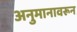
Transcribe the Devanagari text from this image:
अनुमानावरून